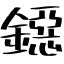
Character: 鐚